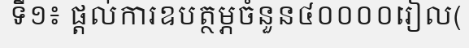
ទី១៖ ផ្តល់ការឧបត្ថម្ភចំនួន៤០០០០រៀល(